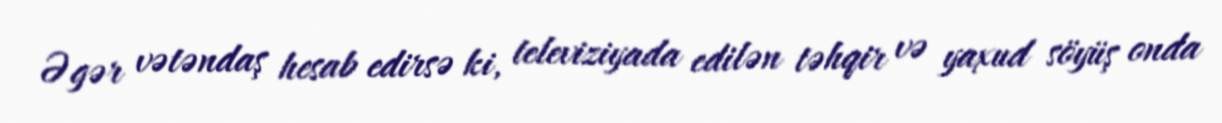
Əgər vətəndaş hesab edirsə ki, televiziyada edilən təhqir və yaxud söyüş onda